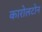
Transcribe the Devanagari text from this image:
कारोलटोन